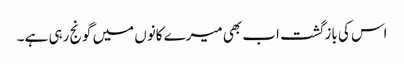
اس کی بازگشت اب بھی میرے کانوں میں گونج رہی ہے ۔